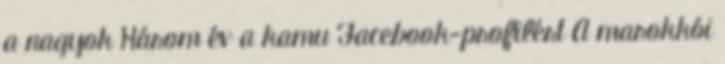
a nagyok Három év a kamu Facebook-profilért A marokkói